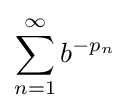
\displaystyle \sum _{n=1}^{\infty }b^{-p_{n}}